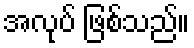
အလုပ် ဖြစ်သည်။